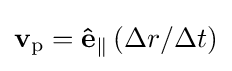
\mathbf {v} _{\mathrm {p} }=\mathbf {\hat {e}} _{\parallel }\left(\Delta r/\Delta t\right)\,\!